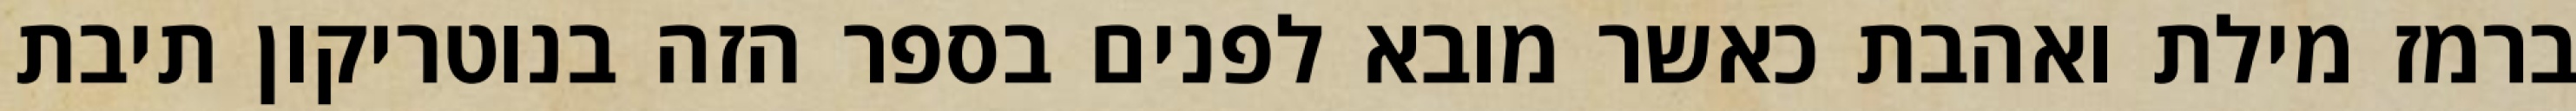
ברמז מילת ואהבת כאשר מובא לפנים בספר הזה בנוטריקון תיבת